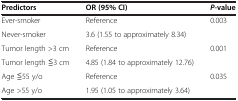
<table><thead><tr><td><b>Predictors</b></td><td><b>OR (95% CI)</b></td><td><b><i>P</i>-value</b></td></tr></thead><tbody><tr><td>Ever-smoker</td><td>Reference</td><td rowspan="2">0.003</td></tr><tr><td>Never-smoker</td><td>3.6 (1.55 to approximately 8.34)</td></tr><tr><td>Tumor length &gt;3 cm</td><td>Reference</td><td rowspan="2">0.001</td></tr><tr><td>Tumor length ≦3 cm</td><td>4.85 (1.84 to approximately 12.76)</td></tr><tr><td>Age ≦55 y/o</td><td>Reference</td><td rowspan="2">0.035</td></tr><tr><td>Age &gt;55 y/o</td><td>1.95 (1.05 to approximately 3.64)</td></tr></tbody></table>